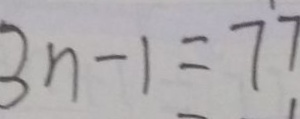
3 n - 1 = 7 7